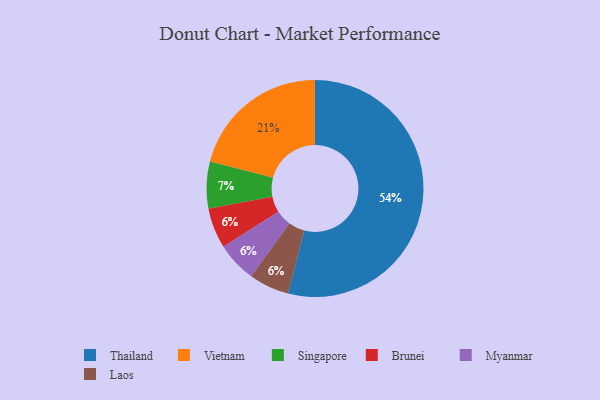
{"axis": {"x": "Category", "y": "Percentage"}, "legend": ["Brunei", "Laos", "Myanmar", "Singapore", "Thailand", "Vietnam"], "data": [{"x": "Singapore", "y": 7, "type": "Singapore"}, {"x": "Brunei", "y": 6, "type": "Brunei"}, {"x": "Myanmar", "y": 6, "type": "Myanmar"}, {"x": "Vietnam", "y": 21, "type": "Vietnam"}, {"x": "Thailand", "y": 54, "type": "Thailand"}, {"x": "Laos", "y": 6, "type": "Laos"}]}